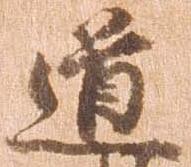
道